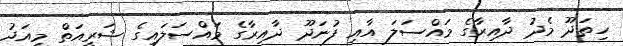
ހިތަދޫ މެދު ދާއިރާގެ މައްސަލަ އާއި ފުނަދޫ ދާއިރާގެ މައްސަލައިގެ ޝަރީއަތް މިއަދު